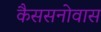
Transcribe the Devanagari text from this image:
कैससनोवास